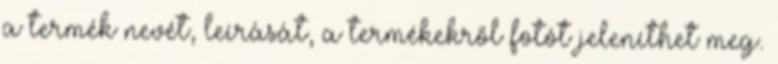
a termék nevét, leírását, a termékekről fotót jeleníthet meg.